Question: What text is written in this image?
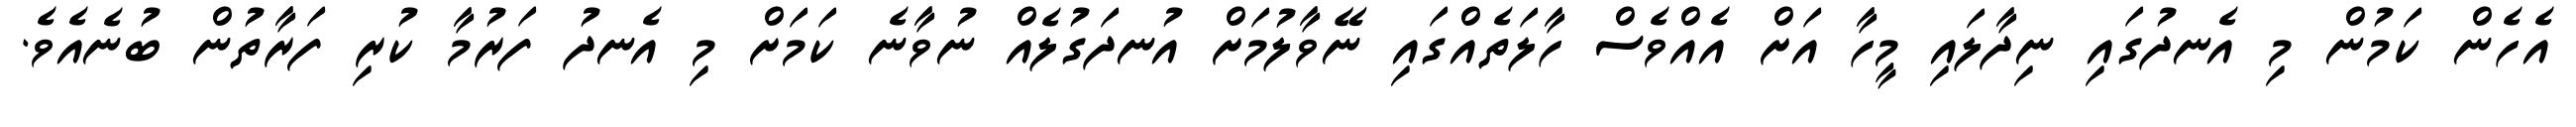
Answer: އެހެން ކަމުން މި އެނދުގައި ނިދާލައި މީހާ އަށް އެއްވެސް ހާލަތެއްގައި ނޭވާލުމަށް އުނދަގުލެއް ނުވާނެ ކަމަށް މި އެނދު ފަރުމާ ކުރި ފަރާތުން ބުނެއެވެ.